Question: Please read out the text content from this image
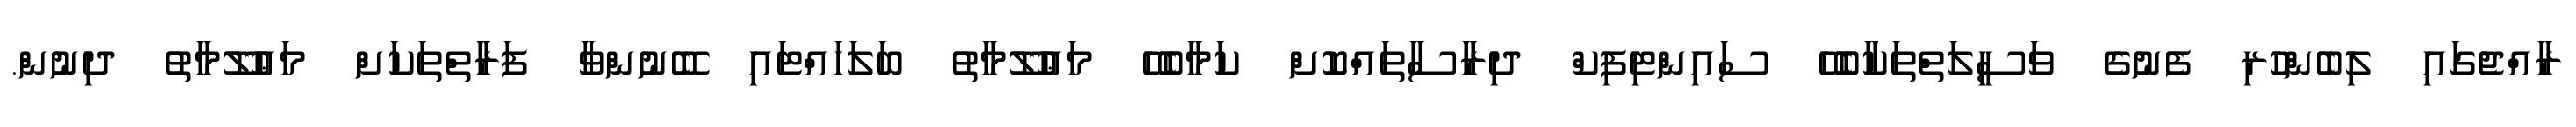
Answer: ރާއްޖެގައި ލިބެންހުރި ފެނުގެ ވަސީލަތްތަކާބެހޭ ސައިންޓިފިކް ދިރާސާތައްކޮށް ކަމާބެހޭ މަޢުލޫމާތު ބަލަހައްޓައި ބޭނުންވާ ފަރާތްތަކަށް މަޢުލޫމާތު ދިނުން.